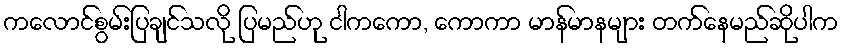
ကလောင်စွမ်းပြချင်သလို ပြမည်ဟု ငါကကော, ကောကာ မာန်မာနများ တက်နေမည်ဆိုပါက